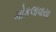
મોકલાવાયા